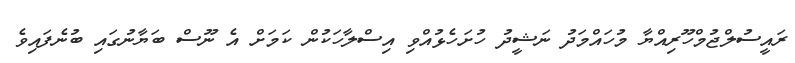
ރައީސުލްޖުމްހޫރިއްޔާ މުހައްމަދު ނަޝީދު ހުށަހެޅުއްވި އިސްލާހަކުން ކަމަށް އެ ނޫސް ބަޔާނުގައި ބުނެފައިވެ